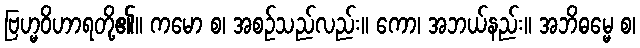
ဗြဟ္မဝိဟာရတို့၏။ ကမော စ၊ အစဉ်သည်လည်း။ ကော၊ အဘယ်နည်း။ အဘိဓမ္မေ စ၊